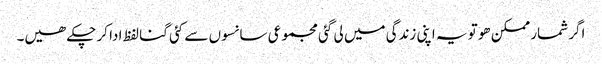
اگر شمار ممکن ھو تو یہ اپنی زندگی میں لی گئی مجموعی سانسوں سے کئی گنا لفظ ادا کر چکے ھیں۔